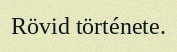
Rövid története.